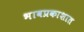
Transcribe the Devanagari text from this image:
भावप्रकाशात